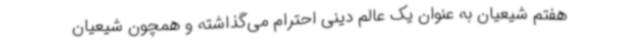
هفتم شیعیان به عنوان یک عالم دینی احترام می‌گذاشته و همچون شیعیان